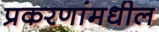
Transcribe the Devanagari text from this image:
प्रकरणांमधील